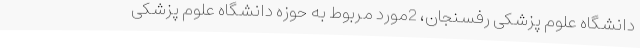
دانشگاه علوم پزشکی رفسنجان، 2مورد مربوط به حوزه دانشگاه علوم پزشکی